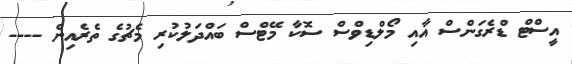
އީސްޓް ޑްރެގަންސް އާއި މޯލްޑިވްސް ސޮކާ މޭޓްސް ބައްދަލުކުރި މެޗުގެ ތެރެއިން ----